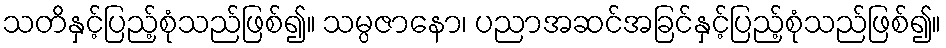
သတိနှင့်ပြည့်စုံသည်ဖြစ်၍။ သမ္ပဇာနော၊ ပညာအဆင်အခြင်နှင့်ပြည့်စုံသည်ဖြစ်၍။